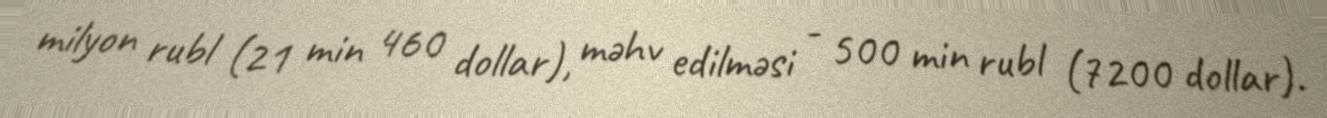
milyon rubl (21 min 460 dollar), məhv edilməsi - 500 min rubl (7200 dollar).